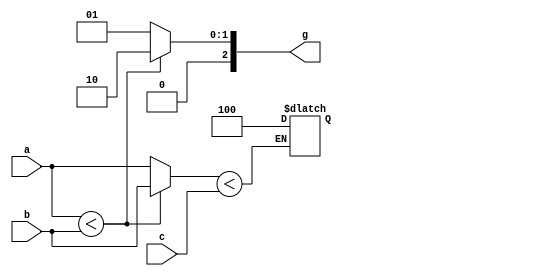
`timescale 1ns / 1ps
//////////////////////////////////////////////////////////////////////////////////
// Company: 
// Engineer: 
// 
// Design Name: 
// Module Name: max3
// Project Name: 
// Target Devices: 
// Tool Versions: 
// Description: 
// g= 012
// Dependencies: 
// 
// Revision:
// Revision 0.01 - File Created
// Additional Comments:
// 
//////////////////////////////////////////////////////////////////////////////////


module max3(
input [7:0]a,
input [7:0]b,
input [7:0]c,
output reg [2:0] g
);
    reg [7:0]ff;
    always @(*)begin
        if(a<b)begin
            ff=b;
            g=3'b010;
        end
        else begin
            ff=a;
            g=3'b001;
        end
    end
    always @(*)begin
        if(ff<c)
            g=3'b100;
        else
            g=g;
     end
endmodule